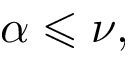
\alpha \leqslant \nu ,